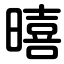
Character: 暿